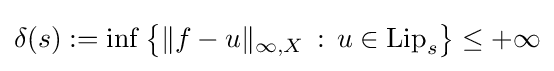
\delta (s):=\inf {\big \{}\|f-u\|_{\infty ,X}\,:\,u\in \mathrm {Lip} _{s}{\big \}}\leq +\infty